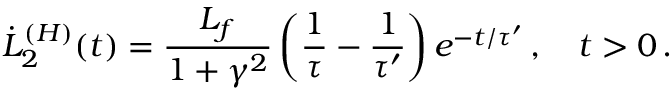
\dot { L } _ { 2 } ^ { ( H ) } ( t ) = \frac { L _ { f } } { 1 + \gamma ^ { 2 } } \left( \frac { 1 } { \tau } - \frac { 1 } { \tau ^ { \prime } } \right) e ^ { - t / \tau ^ { \prime } } \, , \quad t > 0 \, .